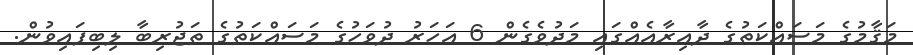
މަޤާމުގެ މަސައްކަތުގެ ދާއިރާއެއްގައި މަދުވެގެން 6 އަހަރު ދުވަހުގެ މަސައްކަތުގެ ތަޖުރިބާ ލިބިފައިވުން.